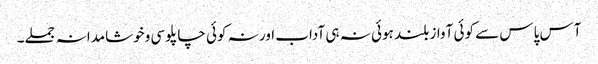
آس پاس سے کوئی آواز بلند ہوئی نہ ہی آداب اور نہ کوئی چاپلوسی وخوشامدانہ جملے۔